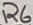
Text: R6